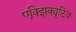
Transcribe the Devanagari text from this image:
एक्झिक्यूटिव